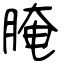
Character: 腌